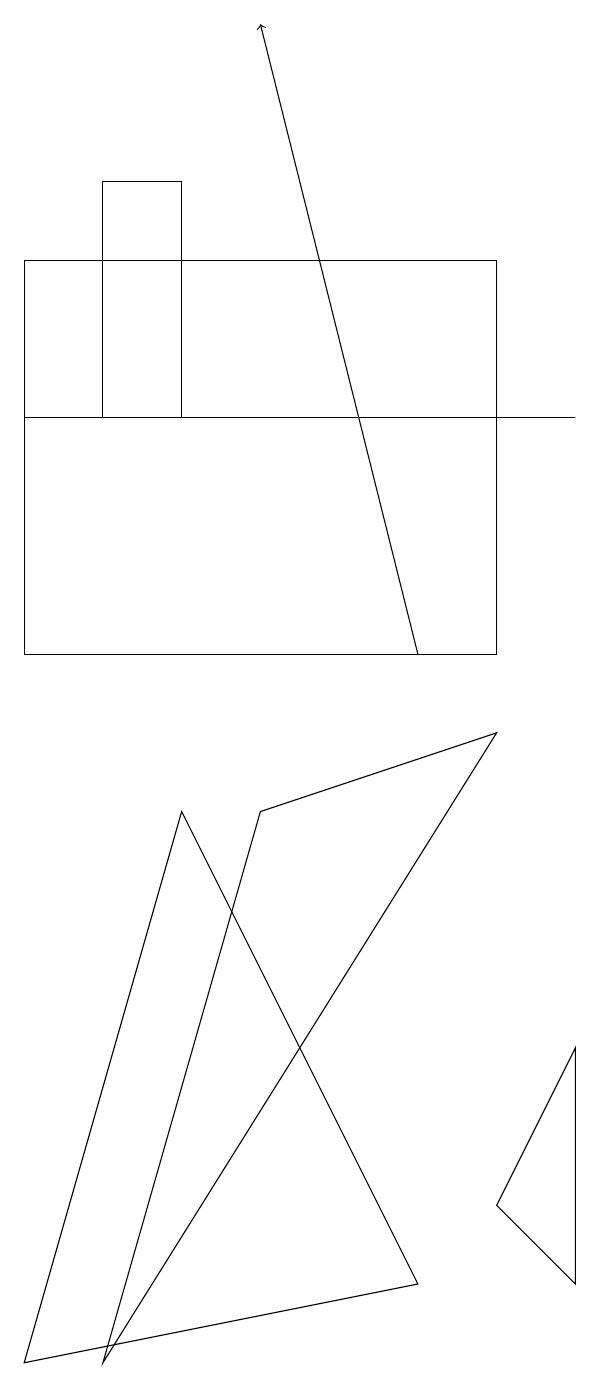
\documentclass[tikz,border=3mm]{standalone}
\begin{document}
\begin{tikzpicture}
\draw (7,9) -- (4,8) -- (2,1) -- cycle;
\draw[->] (6,10) -- (4,18);
\draw (6,2) -- (3,8) -- (1,1) -- cycle;
\draw (7,3) -- (8,2) -- (8,5) -- cycle;
\draw (2,13) rectangle (3,16);
\draw (1,15) rectangle (7,10);
\draw (1,13) rectangle (8,13);
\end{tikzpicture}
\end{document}